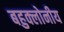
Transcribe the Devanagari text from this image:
बहुक्लोनीय